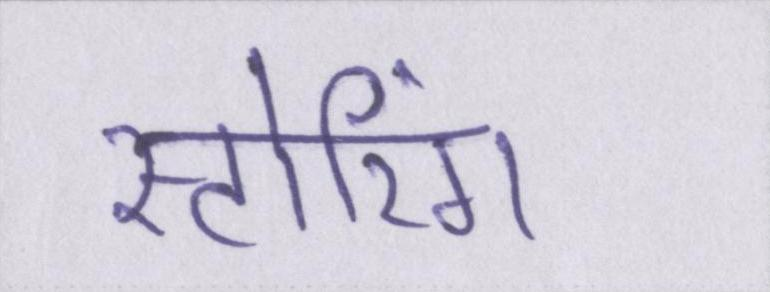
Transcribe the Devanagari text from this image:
स्टोरिंग